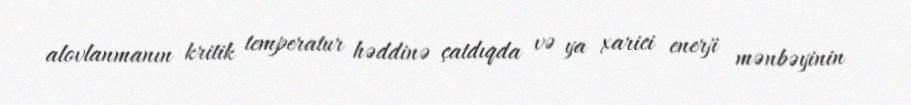
alovlanmanın kritik temperatur həddinə çatdıqda və ya xarici enerji mənbəyinin